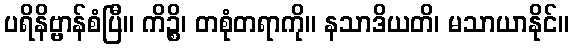
ပရိနိဗ္ဗာန်စံပြီ။ ကိဉ္စိ၊ တစုံတရာကို။ နသာဒိယတိ၊ မသာယာနိုင်။